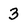
Character: 3